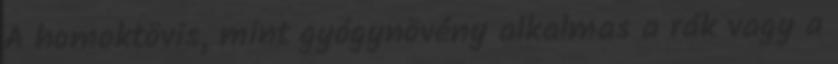
A homoktövis, mint gyógynövény alkalmas a rák vagy a